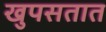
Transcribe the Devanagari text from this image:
खुपसतात